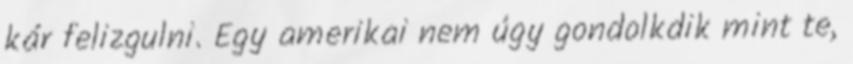
kár felizgulni. Egy amerikai nem úgy gondolkdik mint te,